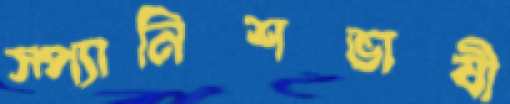
স্প্যানিশভাষী